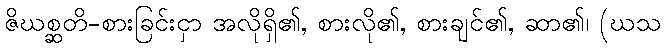
ဇိဃစ္ဆတိ-စားခြင်းငှာ အလိုရှိ၏, စားလို၏, စားချင်၏, ဆာ၏၊ (ဃသ